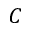
C